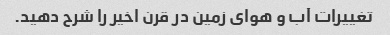
تغییرات آب و هوای زمین در قرن اخیر را شرح دهید.